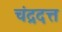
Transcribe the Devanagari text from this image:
चंद्रदत्त